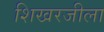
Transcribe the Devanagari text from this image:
शिखरजीला